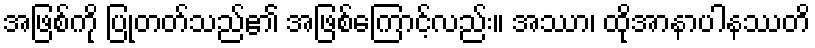
အဖြစ်ကို ပြုတတ်သည်၏ အဖြစ်ကြောင့်လည်း။ အဿာ၊ ထိုအာနာပါနဿတိ